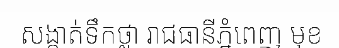
សង្កាត់ទឹកថ្លា រាជធានីភ្នំពេញ មុខ